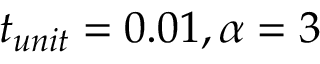
t _ { u n i t } = 0 . 0 1 , \alpha = 3